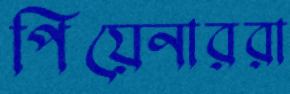
পিয়েনাররা